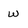
Character: W